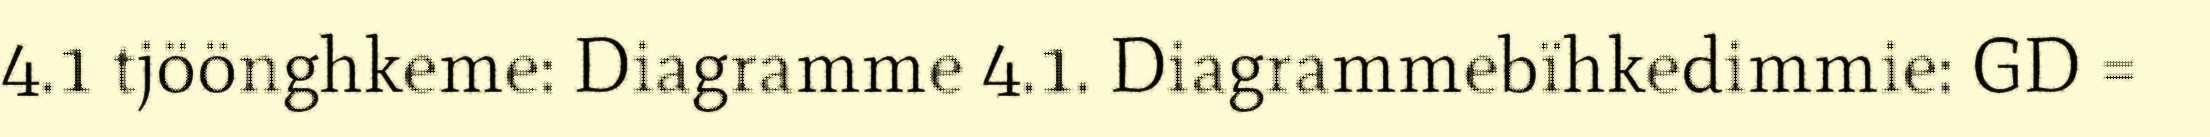
4.1 tjöönghkeme: Diagramme 4.1. Diagrammebïhkedimmie: GD =